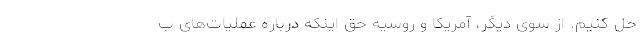
حل کنیم. از سوی دیگر، آمریکا و روسیه حق اینکه درباره عملیات‌های ب